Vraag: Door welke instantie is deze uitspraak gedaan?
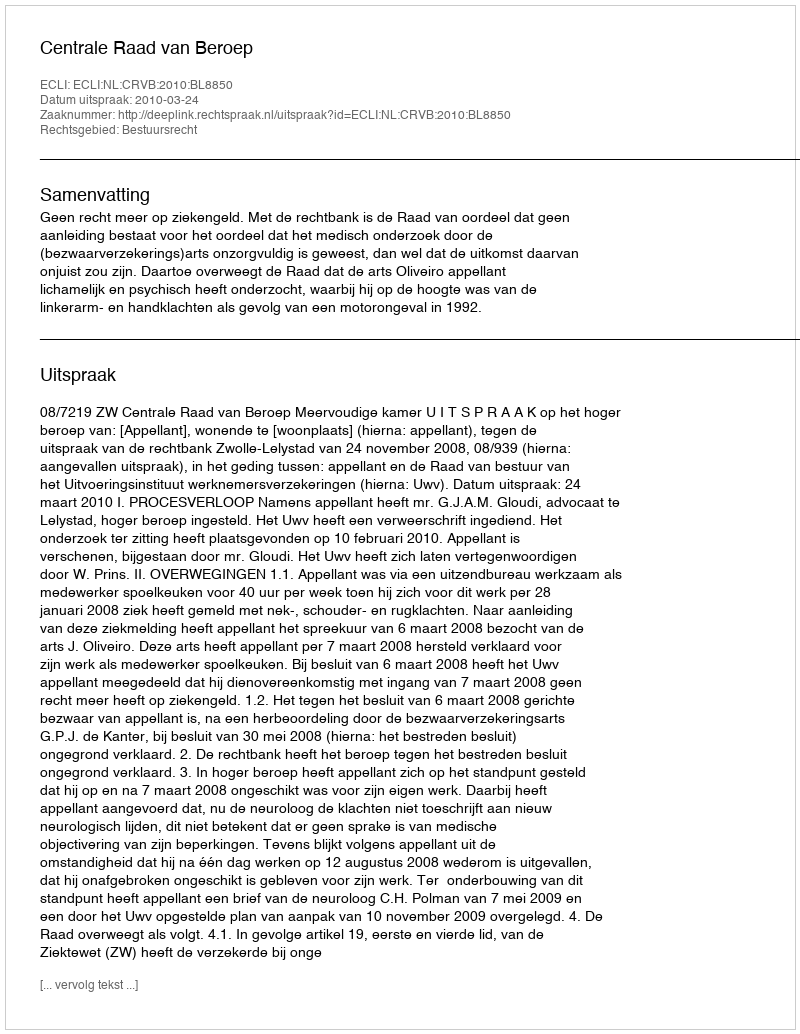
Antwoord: Centrale Raad van Beroep